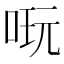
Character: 𠶃